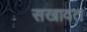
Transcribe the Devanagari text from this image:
सखावत